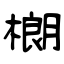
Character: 樃